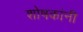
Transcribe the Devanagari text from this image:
शोषकांनी